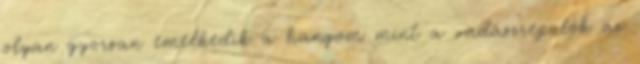
olyan gyorsan emelkedik a hangom mint a vadászrepülők az